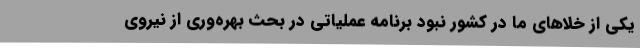
یکی از خلا‌های ما در کشور نبود برنامه عملیاتی در بحث بهره‌وری از نیروی